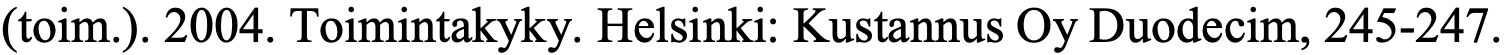
(toim.). 2004. Toimintakyky. Helsinki: Kustannus Oy Duodecim, 245-247.